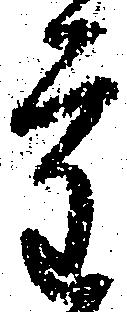
重